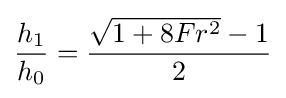
{h_{1} \over h_{0}}={\frac {{\sqrt {1+{8Fr^{2}}}}-1}{2}}